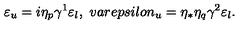
\varepsilon _ { u } = i \eta _ { p } \gamma ^ { 1 } \varepsilon _ { l } , \ v a r e p s i l o n _ { u } = \eta _ { * } \eta _ { q } \gamma ^ { 2 } \varepsilon _ { l } .